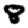
Digit: 8